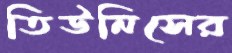
তিউনিসের